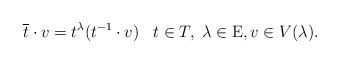
LaTeX: \begin{align*} \overline t \cdot v = t^\lambda (t^{-1} \cdot v) \;\; \; t \in T, \; \lambda \in \mathrm E, v \in V(\lambda).\end{align*}